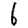
Digit: 6